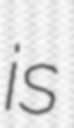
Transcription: is